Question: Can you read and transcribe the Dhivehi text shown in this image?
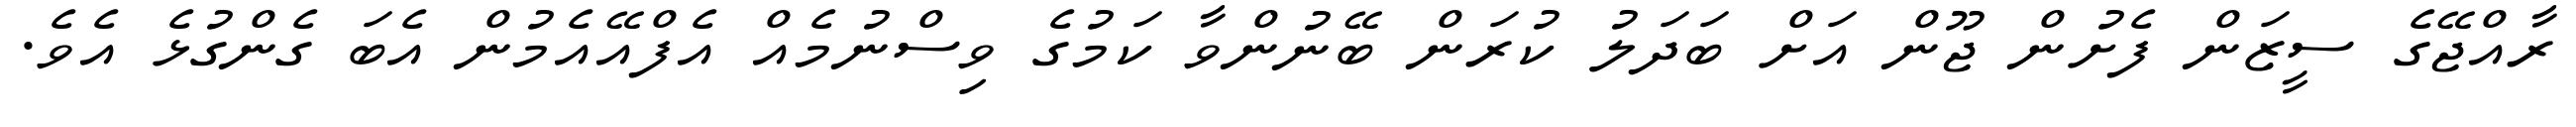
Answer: ރާއްޖޭގެ ސީޒަން ފެށުން ޖޫން އަށް ބަދަލު ކުރަން ބޭނުންވާ ކަމުގެ ވިސްނުމެއް އެފްއޭއެމުން އެބަ ގެންގުޅެ އެވެ.